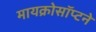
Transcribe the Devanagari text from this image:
मायक्रोसॉप्टने